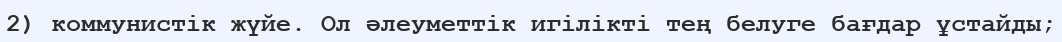
2) коммунистік жүйе. Ол әлеуметтік игілікті тең белуге бағдар ұстайды;